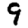
Digit: 9